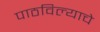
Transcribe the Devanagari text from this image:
पाठविल्याचे